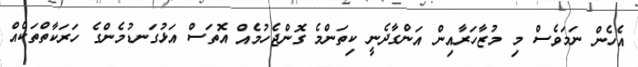
އެހެން ނަމަވެސް މި މުޒާހަރާއިން އަންގާދެނީ ކިތަންމެ ގޮންޖެހުމެއް އޮތަސް އަޅުގަނޑުމެންގެ ހަރަކާތްތަކެއް